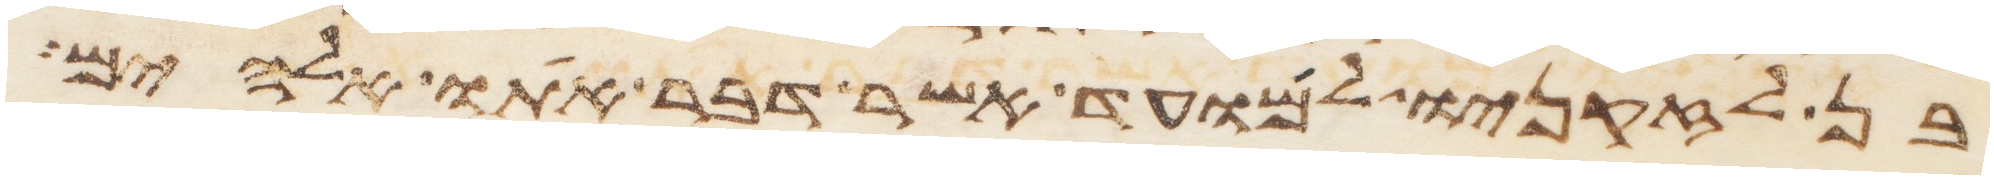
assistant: בן לזקניו למועד אשר דבר אתו אלהים